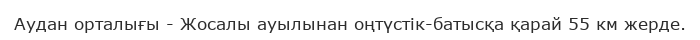
Аудан орталығы - Жосалы ауылынан оңтүстік-батысқа қарай 55 км жерде.